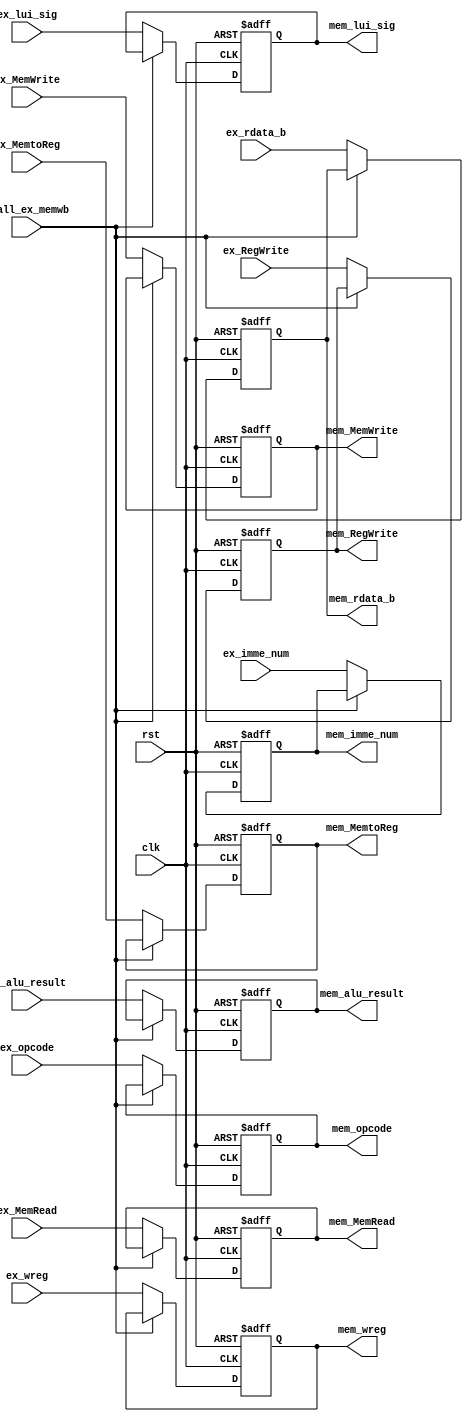
module ex_mem(
    input clk,
    input rst,
    input stall_ex_memwb,
    input ex_lui_sig,
    input ex_MemRead,
    input ex_MemWrite,
    input ex_MemtoReg,
    input ex_RegWrite,
    input [31:0] ex_alu_result,
    input [31:0] ex_rdata_b,
    input [5:0] ex_opcode,
    input [15:0] ex_imme_num,
    input [4:0] ex_wreg,
    output reg mem_lui_sig,
    output reg mem_MemRead,
    output reg mem_MemWrite,
    output reg mem_MemtoReg,
    output reg mem_RegWrite,
    output reg [31:0] mem_alu_result,
    output reg [31:0] mem_rdata_b,
    output reg [5:0] mem_opcode,
    output reg [15:0] mem_imme_num,
    output reg [4:0] mem_wreg
);

always @(posedge clk or posedge rst) begin 
        if(rst == 1'b1) begin 
            mem_lui_sig <= 1'b0;
            mem_MemRead <= 1'b0;
            mem_MemWrite <= 1'b0;
            mem_MemtoReg <= 1'b0;
            mem_RegWrite <= 1'b0;
            mem_alu_result <= 32'h00000000;
            mem_rdata_b <= 32'h00000000;
            mem_opcode <= 6'b000000;
            mem_imme_num <= 32'h00000000;
            mem_wreg <= 5'b00000;
        end 
        else if (stall_ex_memwb == 1'b0) begin 
            mem_lui_sig <= ex_lui_sig;
            mem_MemRead <= ex_MemRead;
            mem_MemWrite <= ex_MemWrite;
            mem_MemtoReg <= ex_MemtoReg;
            mem_RegWrite <= ex_RegWrite;
            mem_alu_result <= ex_alu_result;
            mem_rdata_b <= ex_rdata_b;
            mem_opcode <= ex_opcode;
            mem_imme_num <= ex_imme_num;
            mem_wreg <= ex_wreg;
        end
end
endmodule